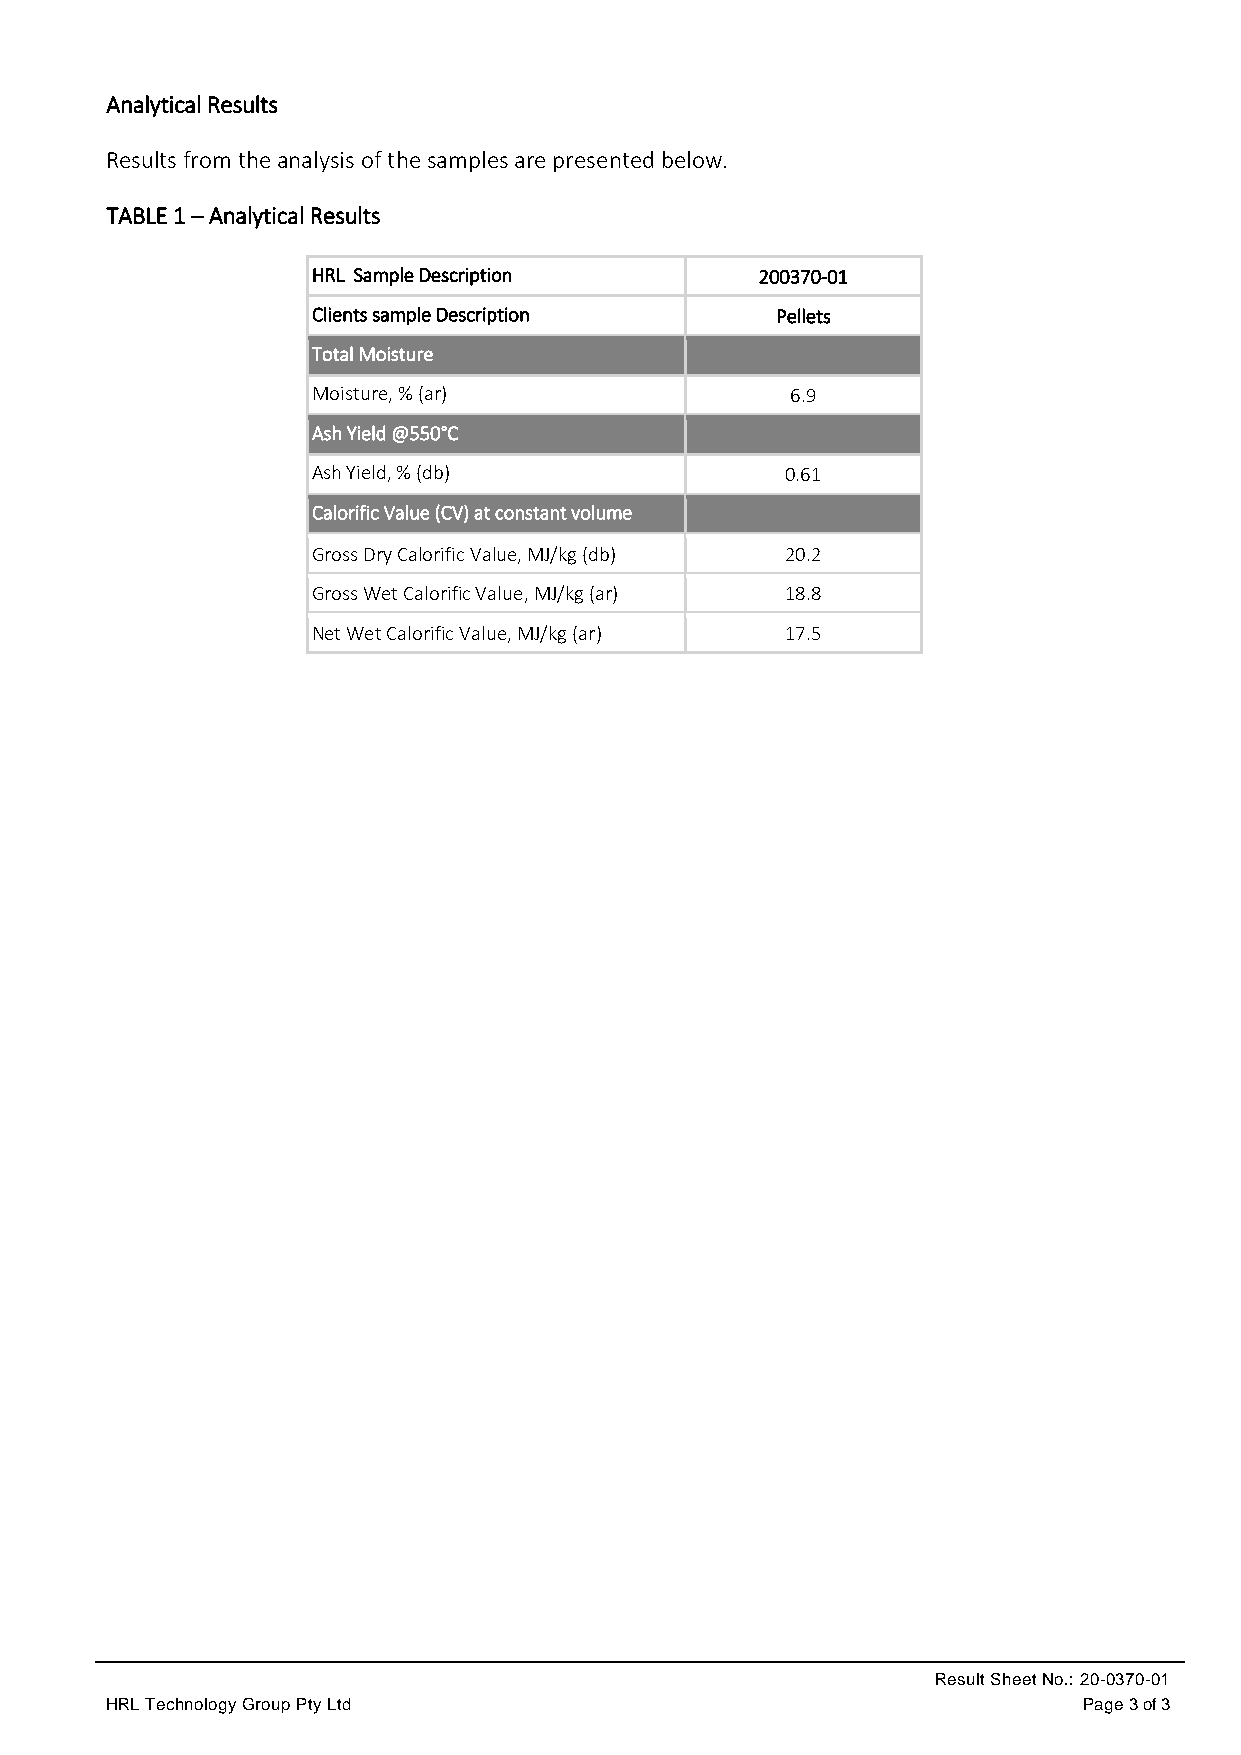
Analytical Results
 Results from the analysis of the samples are presented below.
 TABLE 1 – Analytical Results
 HRL Sample Description       200370-01
 Clients sample Description    Pellets
 Total Moisture
 Moisture, % (ar)               6.9
 Ash Yield @550°C
 Ash Yield, % (db)              0.61
 Calorific Value (CV) at constant volume
 Gross Dry Calorific Value, MJ/kg (db) 20.2
 Gross Wet Calorific Value, MJ/kg (ar) 18.8
 Net Wet Calorific Value, MJ/kg (ar) 17.5
 Result Sheet No.: 20-0370-01
 HRL Technology Group Pty Ltd                                     Page 3 of 3